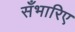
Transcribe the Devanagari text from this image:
सँभारिए